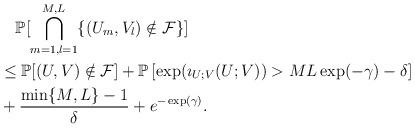
LaTeX: \begin{align*}&\quad\mathbb{P}[\bigcap_{m=1,l=1}^{M,L}\{(U_m,V_l)\notin \mathcal{F}\}]\\&\le\mathbb{P}[(U,V)\notin\mathcal{F}]+\mathbb{P}\left[\exp(\imath_{U;V}(U;V))>ML\exp(-\gamma)-\delta\right]\\&+\frac{\min\{M,L\}-1}{\delta}+e^{-\exp(\gamma)}.\end{align*}